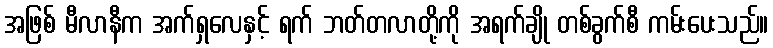
အဖြစ် မီလာနီက အက်ရှလေနှင့် ရက် ဘတ်တလာတို့ကို အရက်ချို တစ်ခွက်စီ ကမ်းပေးသည်။